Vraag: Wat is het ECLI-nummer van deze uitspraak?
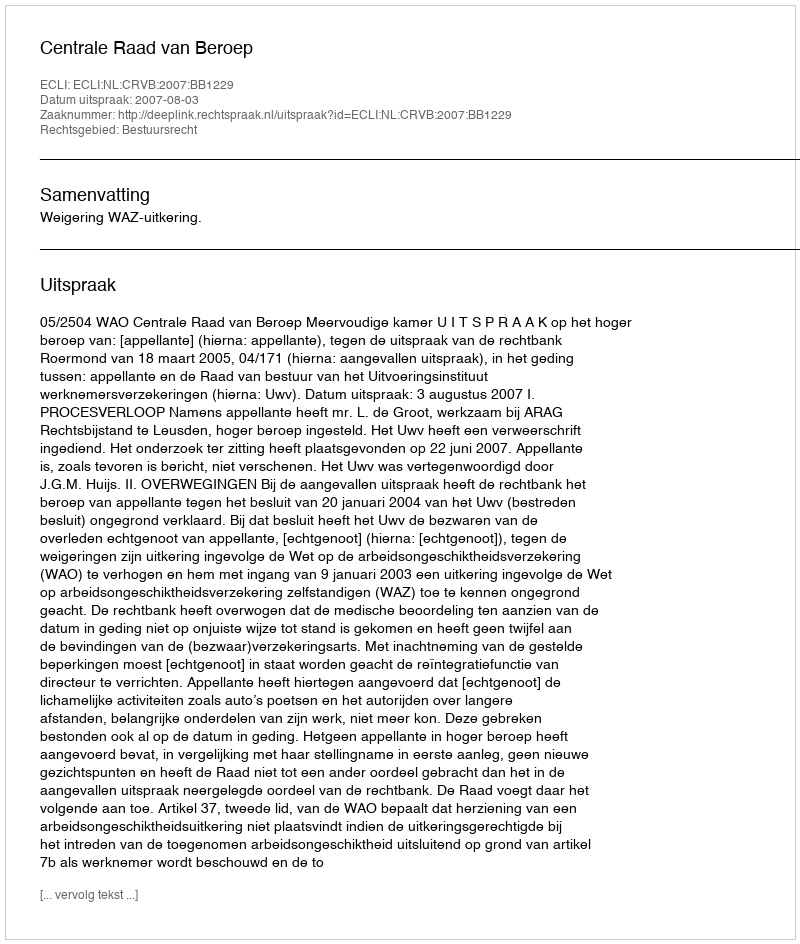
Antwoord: ECLI:NL:CRVB:2007:BB1229